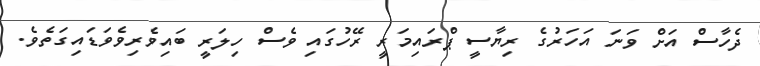
ދެހާސް އަށް ވަނަ އަހަރުގެ ރިޔާސީ ޕްރައިމަރީ ރޭހުގައި ވެސް ހިލަރީ ބައިވެރިވެވަޑައިގަތެވެ.